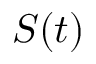
S ( t )